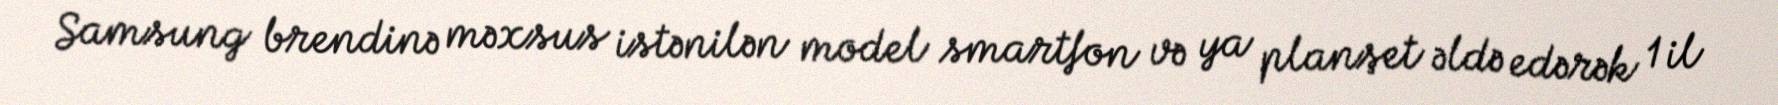
Samsung brendinə məxsus istənilən model smartfon və ya planşet əldə edərək 1 il